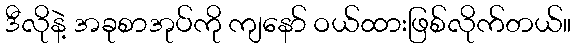
ဒီလိုနဲ့ အခုစာအုပ်ကို ကျနော် ဝယ်ထားဖြစ်လိုက်တယ်။